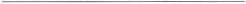
___